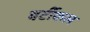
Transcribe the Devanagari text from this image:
वर्टीकल